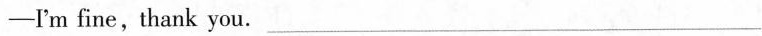
-I'm fine, thank you. ___